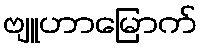
ဗျူဟာမြောက်